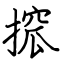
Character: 搲